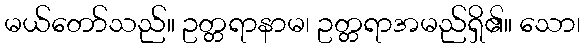
မယ်တော်သည်။ ဥတ္တရာနာမ၊ ဥတ္တရာအမည်ရှိ၏။ သော၊